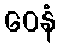
ဝေနံ